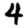
Digit: 4